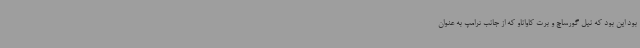
بود این بود که نیل گورساچ و برت کاواناو که از جانب ترامپ به عنوان